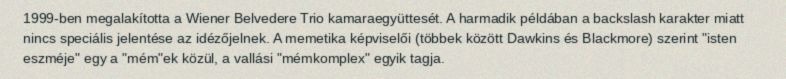
1999-ben megalakította a Wiener Belvedere Trio kamaraegyüttesét. A harmadik példában a backslash karakter miatt nincs speciális jelentése az idézőjelnek. A memetika képviselői (többek között Dawkins és Blackmore) szerint "isten eszméje" egy a "mém"ek közül, a vallási "mémkomplex" egyik tagja.